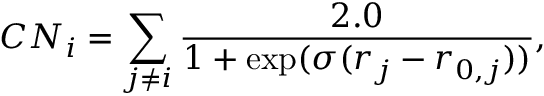
C N _ { i } = \sum _ { j \neq i } \frac { 2 . 0 } { 1 + \exp ( \sigma ( r _ { j } - r _ { 0 , j } ) ) } ,